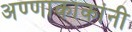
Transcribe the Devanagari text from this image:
अण्णाकाकांनी